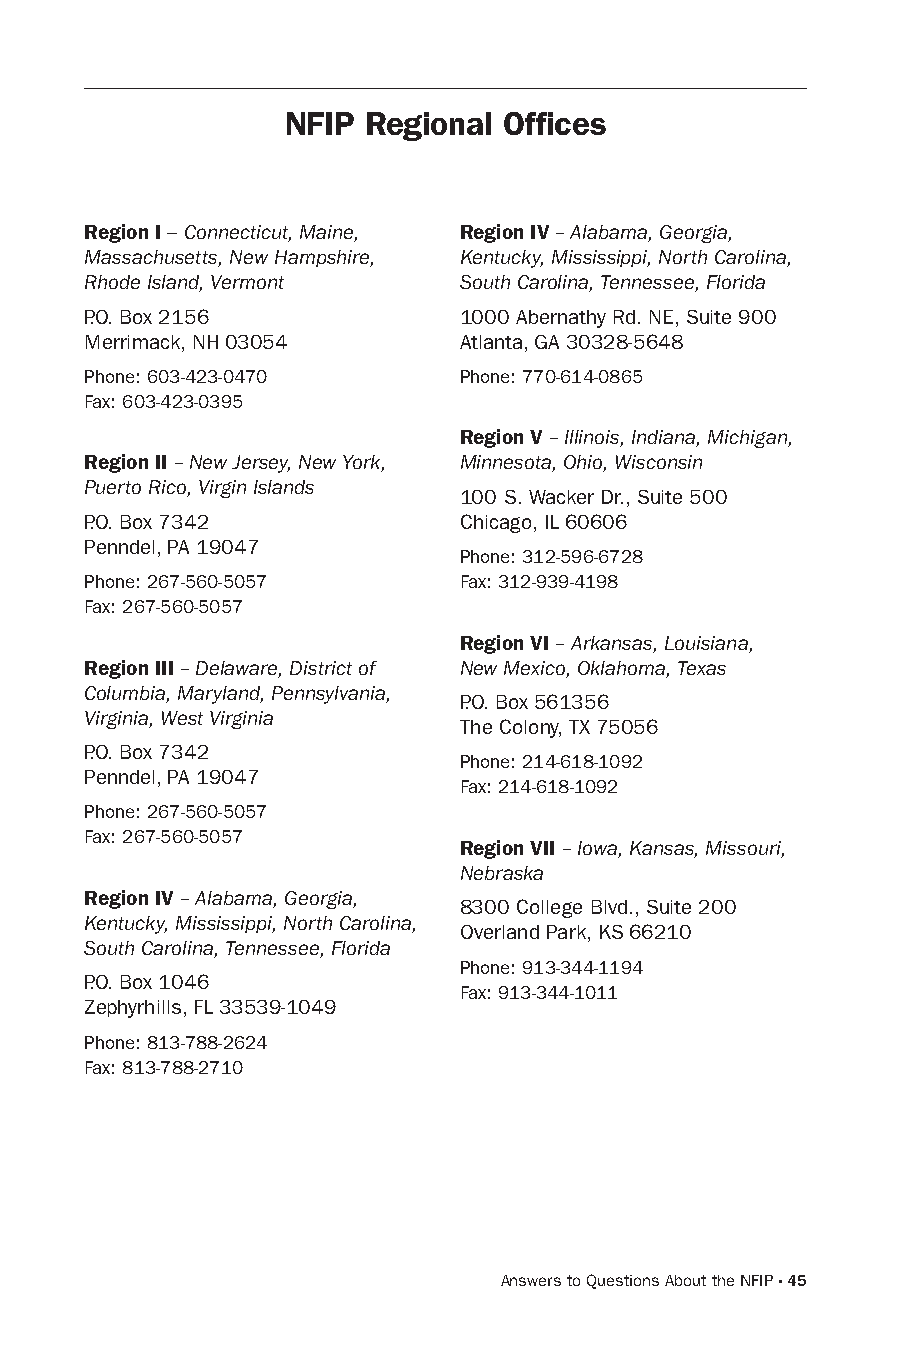
NFIP Regional Offices
 Region I – Connecticut, Maine, Region IV – Alabama, Georgia,
 Massachusetts, New Hampshire, Kentucky, Mississippi, North Carolina,
 Rhode Island, Vermont   South Carolina, Tennessee, Florida
 P.o. Box 2156           1000 Abernathy Rd. NE, suite 900
 Merrimack, Nh 03054     Atlanta, GA 30328-5648
 Phone: 603-423-0470     Phone: 770-614-0865
 Fax: 603-423-0395
 Region V – Illinois, Indiana, Michigan,
 Region II – New Jersey, New York, Minnesota, Ohio, Wisconsin
 Puerto Rico, Virgin Islands
 100 s. Wacker Dr., suite 500
 P.o. Box 7342           Chicago, IL 60606
 Penndel, PA 19047
 Phone: 312-596-6728
 Phone: 267-560-5057     Fax: 312-939-4198
 Fax: 267-560-5057
 Region VI – Arkansas, Louisiana,
 Region III – Delaware, District of New Mexico, Oklahoma, Texas
 Columbia, Maryland, Pennsylvania,
 P.o. Box 561356
 Virginia, West Virginia
 The Colony, TX 75056
 P.o. Box 7342
 Phone: 214-618-1092
 Penndel, PA 19047
 Fax: 214-618-1092
 Phone: 267-560-5057
 Fax: 267-560-5057
 Region VII – Iowa, Kansas, Missouri,
 Nebraska
 Region IV – Alabama, Georgia,
 8300 College Blvd., suite 200
 Kentucky, Mississippi, North Carolina,
 overland Park, Ks 66210
 South Carolina, Tennessee, Florida
 Phone: 913-344-1194
 P.o. Box 1046
 Fax: 913-344-1011
 zephyrhills, FL 33539-1049
 Phone: 813-788-2624
 Fax: 813-788-2710
 Answers to Questions About the NFIP · 45